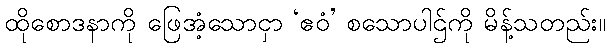
ထိုစောဒနာကို ဖြေအံ့သောငှာ ‘ဧဝံ’ စသောပါဌ်ကို မိန့်သတည်း။